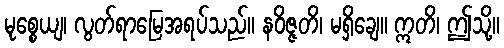
မုစ္စေယျ၊ လွတ်ရာမြေအရပ်သည်။ နဝိဇ္ဇတိ၊ မရှိချေ။ ဣတိ၊ ဤသို့။